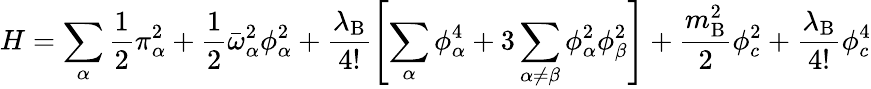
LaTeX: H=\sum_{\alpha}\frac{1}{2}\pi_{\alpha}^{2}+\frac{1}{2}\bar{\omega}_{\alpha}^{2}\phi_{\alpha}^{2}+\frac{\lambda_{\mathrm{B}}}{4!}\Biggl[\sum_{\alpha}\phi_{\alpha}^{4}+3\sum_{\alpha\neq\beta}\phi_{\alpha}^{2}\phi_{\beta}^{2}\Biggr]+\frac{m_{\mathrm{B}}^{2}}{2}\phi_{c}^{2}+\frac{\lambda_{\mathrm{B}}}{4!}\phi_{c}^{4}